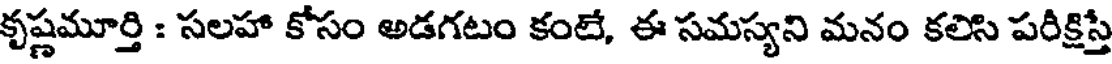
కృష్ణమూర్తి : సలహా కోసం అడగటం కంటే, ఈ సమస్యని మనం కలిసి పరీక్షిస్తే